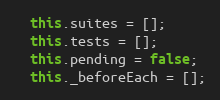
Language: JavaScript
  this.suites = [];
  this.tests = [];
  this.pending = false;
  this._beforeEach = [];